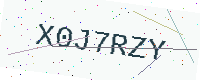
Text: X0J7RZY